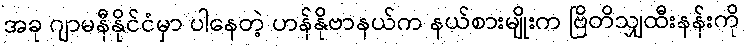
အခု ဂျာမနီနိုင်ငံမှာ ပါနေတဲ့ ဟန်နိုဗာနယ်က နယ်စားမျိုးက ဗြိတိသျှထီးနန်းကို